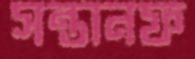
সন্তানফ